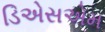
ડિએસએમ